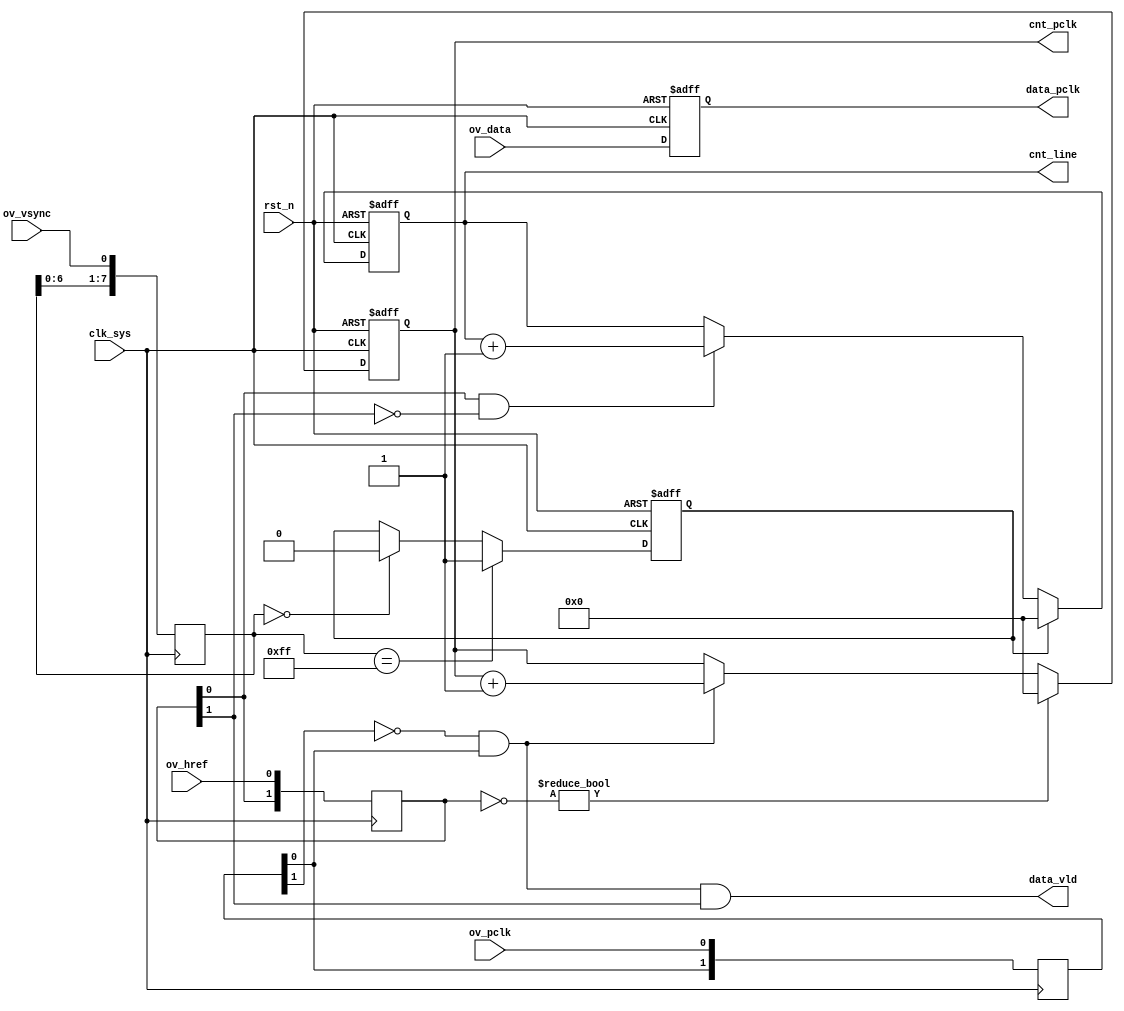
//ov_monitor.v

module ov_monitor(
ov_data,
ov_href,
ov_vsync,
ov_pclk,
cnt_pclk,
cnt_line,
data_pclk,
data_vld,
//clk rst
clk_sys,
rst_n
);
input [7:0]	ov_data;
input ov_href;
input ov_vsync;
input ov_pclk;
output [15:0]	cnt_pclk;
output [15:0]	cnt_line;
output [7:0]	data_pclk;
output 				data_vld;
//clk rst
input clk_sys;
input rst_n;

//-----------------------------------------
//-----------------------------------------

//----------- fitter ----------
reg [7:0] vs_reg;
always @ (posedge clk_sys)
	vs_reg <= {vs_reg[6:0],ov_vsync};
	
reg ov_vs;
always @(posedge clk_sys or negedge rst_n)	begin
	if(~rst_n)
		ov_vs <= 1'b0;
	else if(vs_reg == 8'hff)
		ov_vs <= 1'b1;
	else if(vs_reg == 8'h0)
		ov_vs <= 1'b0;
	else	;
end
	
		
reg [1:0]ov_href_reg;
always @ (posedge clk_sys)
	ov_href_reg <= {ov_href_reg[0],ov_href};
wire ov_href_rasing = ov_href_reg[0] & (~ov_href_reg[1]);


reg [1:0] ov_pclk_reg;
always @ (posedge clk_sys)
	ov_pclk_reg <= {ov_pclk_reg[0],ov_pclk};
wire ov_pclk_rasing = (~ov_pclk_reg[1]) & ov_pclk_reg[0];

reg [15:0] cnt_pclk/*synthesis noprune*/;
always @(posedge clk_sys or negedge rst_n)	begin
	if(~rst_n)
		cnt_pclk <= 16'h0;
	else if(~ov_href_reg)
		cnt_pclk <= 16'b0;
	else 
		cnt_pclk <= ov_pclk_rasing ? (cnt_pclk + 16'h1) : cnt_pclk;
end
			

reg [15:0] cnt_vs/*synthesis noprune*/;
always @(posedge clk_sys or negedge rst_n)	begin
	if(~rst_n)
		cnt_vs <= 16'h0;
	else if(~ov_vs)
		cnt_vs <= 16'b0;
	else 
		cnt_vs <= ov_pclk_rasing ? (cnt_vs + 16'h1) : cnt_vs;
end


reg [15:0] cnt_line;
always @ (posedge clk_sys or negedge rst_n)	begin
	if(~rst_n)
		cnt_line <= 16'h0;
	else if(ov_vs)
		cnt_line <= 16'h0;
	else if(ov_href_rasing)
		cnt_line <= cnt_line + 16'h1;
	else ;
end

reg [7:0]	data_pclk;
always @(posedge clk_sys or negedge rst_n)	begin
	if(~rst_n)
		data_pclk <= 8'h0;
	else 
		data_pclk <= ov_data;
end
wire data_vld = ov_pclk_rasing & ov_href_reg[1];


endmodule